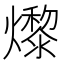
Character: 𤑬